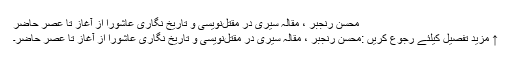
محسن رنجبر ، مقالہ سيرى‌ در مقتل‌نويسى‌ و تاريخ‌ نگارى‌ عاشورا از آغاز تا عصر حاضر
↑ مزید تفصیل کیلئے رجوع کریں :محسن رنجبر ، مقالہ سيرى‌ در مقتل‌نويسى‌ و تاريخ‌ نگارى‌ عاشورا از آغاز تا عصر حاضر۔